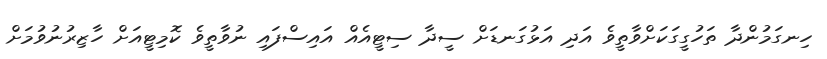
ހިނގަމުންދާ ތަހުގީގަކަށްވާތީވެ އަދި އަޅުގަނޑަށް ސީދާ ސިޓީއެއް އައިސްފައި ނުވާތީވެ ކޮމިޓީއަށް ހާޒިރުނުވުމަށް